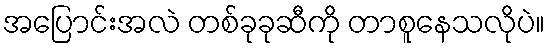
အပြောင်းအလဲ တစ်ခုခုဆီကို တာစူနေသလိုပဲ။